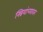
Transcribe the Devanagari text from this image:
स्त्रियांच्यावर